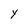
Character: Y